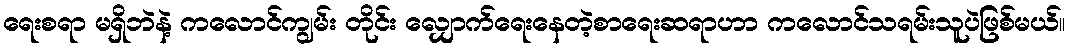
ရေးစရာ မရှိဘဲနဲ့ ကလောင်ကျွမ်း တိုင်း လျှောက်ရေးနေတဲ့စာရေးဆရာဟာ ကလောင်သရမ်းသူပဲဖြစ်မယ်။